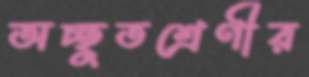
অচ্ছুতশ্রেণীর